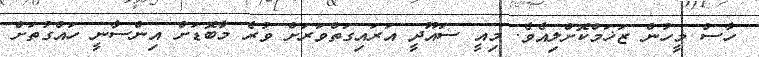
ހާސް މީހުން ޒަޚަމްކޮށްލިއެވެ. މިއީ ސައޫދީ އަރައިގަތްވަރަށް ވުރެ މާބޮޑަށް އިންސާނީ ހައްގުތަށް